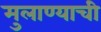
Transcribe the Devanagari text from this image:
मुलाण्याची